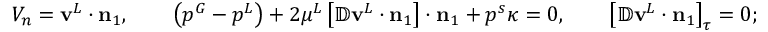
V _ { n } = \mathbf { v } ^ { L } \cdot \mathbf { n } _ { 1 } , \qquad \left( p ^ { G } - p ^ { L } \right) + 2 \mu ^ { L } \left[ \mathbb { D } \mathbf { v } ^ { L } \cdot \mathbf { n } _ { 1 } \right] \cdot \mathbf { n } _ { 1 } + p ^ { s } \kappa = 0 , \qquad \left[ \mathbb { D } \mathbf { v } ^ { L } \cdot \mathbf { n } _ { 1 } \right] _ { \tau } = 0 ;